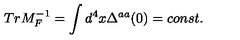
T r M _ { F } ^ { - 1 } = \int d ^ { 4 } x \Delta ^ { a a } ( 0 ) = c o n s t .